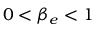
0 < \beta _ { e } < 1